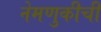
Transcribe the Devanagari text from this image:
नेमणुकीची